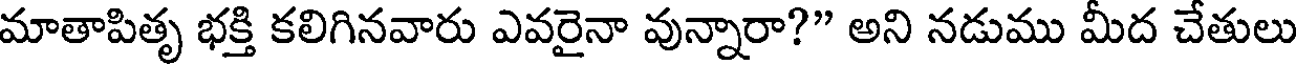
మాతాపితృ భక్తి కలిగినవారు ఎవరైనా వున్నారా?" అని నడుము మీద చేతులు